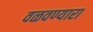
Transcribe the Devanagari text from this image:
वळवण्यारा